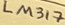
Text: LM317